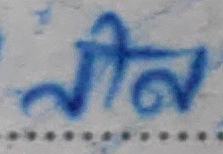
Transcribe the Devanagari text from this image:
नील